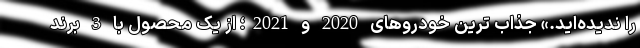
را ندیده‌اید.» جذاب ترین خودروهای 2020 و 2021؛ از یک محصول با 3 برند